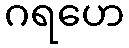
ဂရဟေ